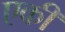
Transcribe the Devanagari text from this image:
एकीं